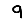
Digit: 9